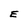
Character: E